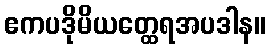
ဧကပဒိုမိယတ္ထေရအပဒါန။